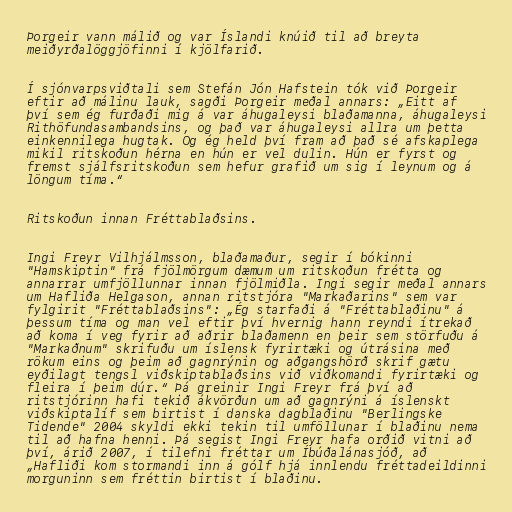
Þorgeir vann málið og var Íslandi knúið til að breyta
meiðyrðalöggjöfinni í kjölfarið.

Í sjónvarpsviðtali sem Stefán Jón Hafstein tók við Þorgeir
eftir að málinu lauk, sagði Þorgeir meðal annars: „Eitt af
því sem ég furðaði mig á var áhugaleysi blaðamanna, áhugaleysi
Rithöfundasambandsins, og það var áhugaleysi allra um þetta
einkennilega hugtak. Og ég held því fram að það sé afskaplega
mikil ritskoðun hérna en hún er vel dulin. Hún er fyrst og
fremst sjálfsritskoðun sem hefur grafið um sig í leynum og á
löngum tíma.“

Ritskoðun innan Fréttablaðsins.

Ingi Freyr Vilhjálmsson, blaðamaður, segir í bókinni
"Hamskiptin" frá fjölmörgum dæmum um ritskoðun frétta og
annarrar umfjöllunnar innan fjölmiðla. Ingi segir meðal annars
um Hafliða Helgason, annan ritstjóra "Markaðarins" sem var
fylgirit "Fréttablaðsins": „Ég starfaði á "Fréttablaðinu" á
þessum tíma og man vel eftir því hvernig hann reyndi ítrekað
að koma í veg fyrir að aðrir blaðamenn en þeir sem störfuðu á
"Markaðnum" skrifuðu um íslensk fyrirtæki og útrásina með
rökum eins og þeim að gagnrýnin og aðgangshörð skrif gætu
eyðilagt tengsl viðskiptablaðsins við viðkomandi fyrirtæki og
fleira í þeim dúr.“ Þá greinir Ingi Freyr frá því að
ritstjórinn hafi tekið ákvörðun um að gagnrýni á íslenskt
viðskiptalíf sem birtist í danska dagblaðinu "Berlingske
Tidende" 2004 skyldi ekki tekin til umföllunar í blaðinu nema
til að hafna henni. Þá segist Ingi Freyr hafa orðið vitni að
því, árið 2007, í tilefni fréttar um Íbúðalánasjóð, að
„Hafliði kom stormandi inn á gólf hjá innlendu fréttadeildinni
morguninn sem fréttin birtist í blaðinu.